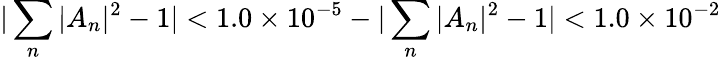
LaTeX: |\sum_{n}|A_{n}|^{2}-1|<1.0\times 10^{-5}-|\sum_{n}|A_{n}|^{2}-1|<1.0\times 10^{-2}